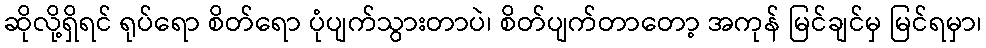
ဆိုလို့ရှိရင် ရုပ်ရော စိတ်ရော ပုံပျက်သွားတာပဲ၊ စိတ်ပျက်တာတော့ အကုန် မြင်ချင်မှ မြင်ရမှာ၊